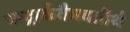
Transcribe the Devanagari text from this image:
चन्द्रार्कवैभवतीर्थ